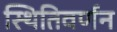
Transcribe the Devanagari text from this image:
स्थितिवर्णन